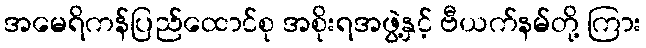
အမေရိကန်ပြည်ထောင်စု အစိုးရအဖွဲ့နှင့် ဗီယက်နမ်တို့ ကြား